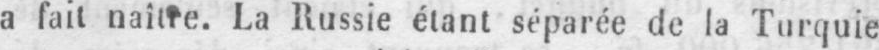
a fait naître. La Russie étant séparée de la Turquie